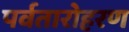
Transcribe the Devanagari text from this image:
पर्वतारोहरण